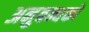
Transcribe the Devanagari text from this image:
अनुबन्धकों